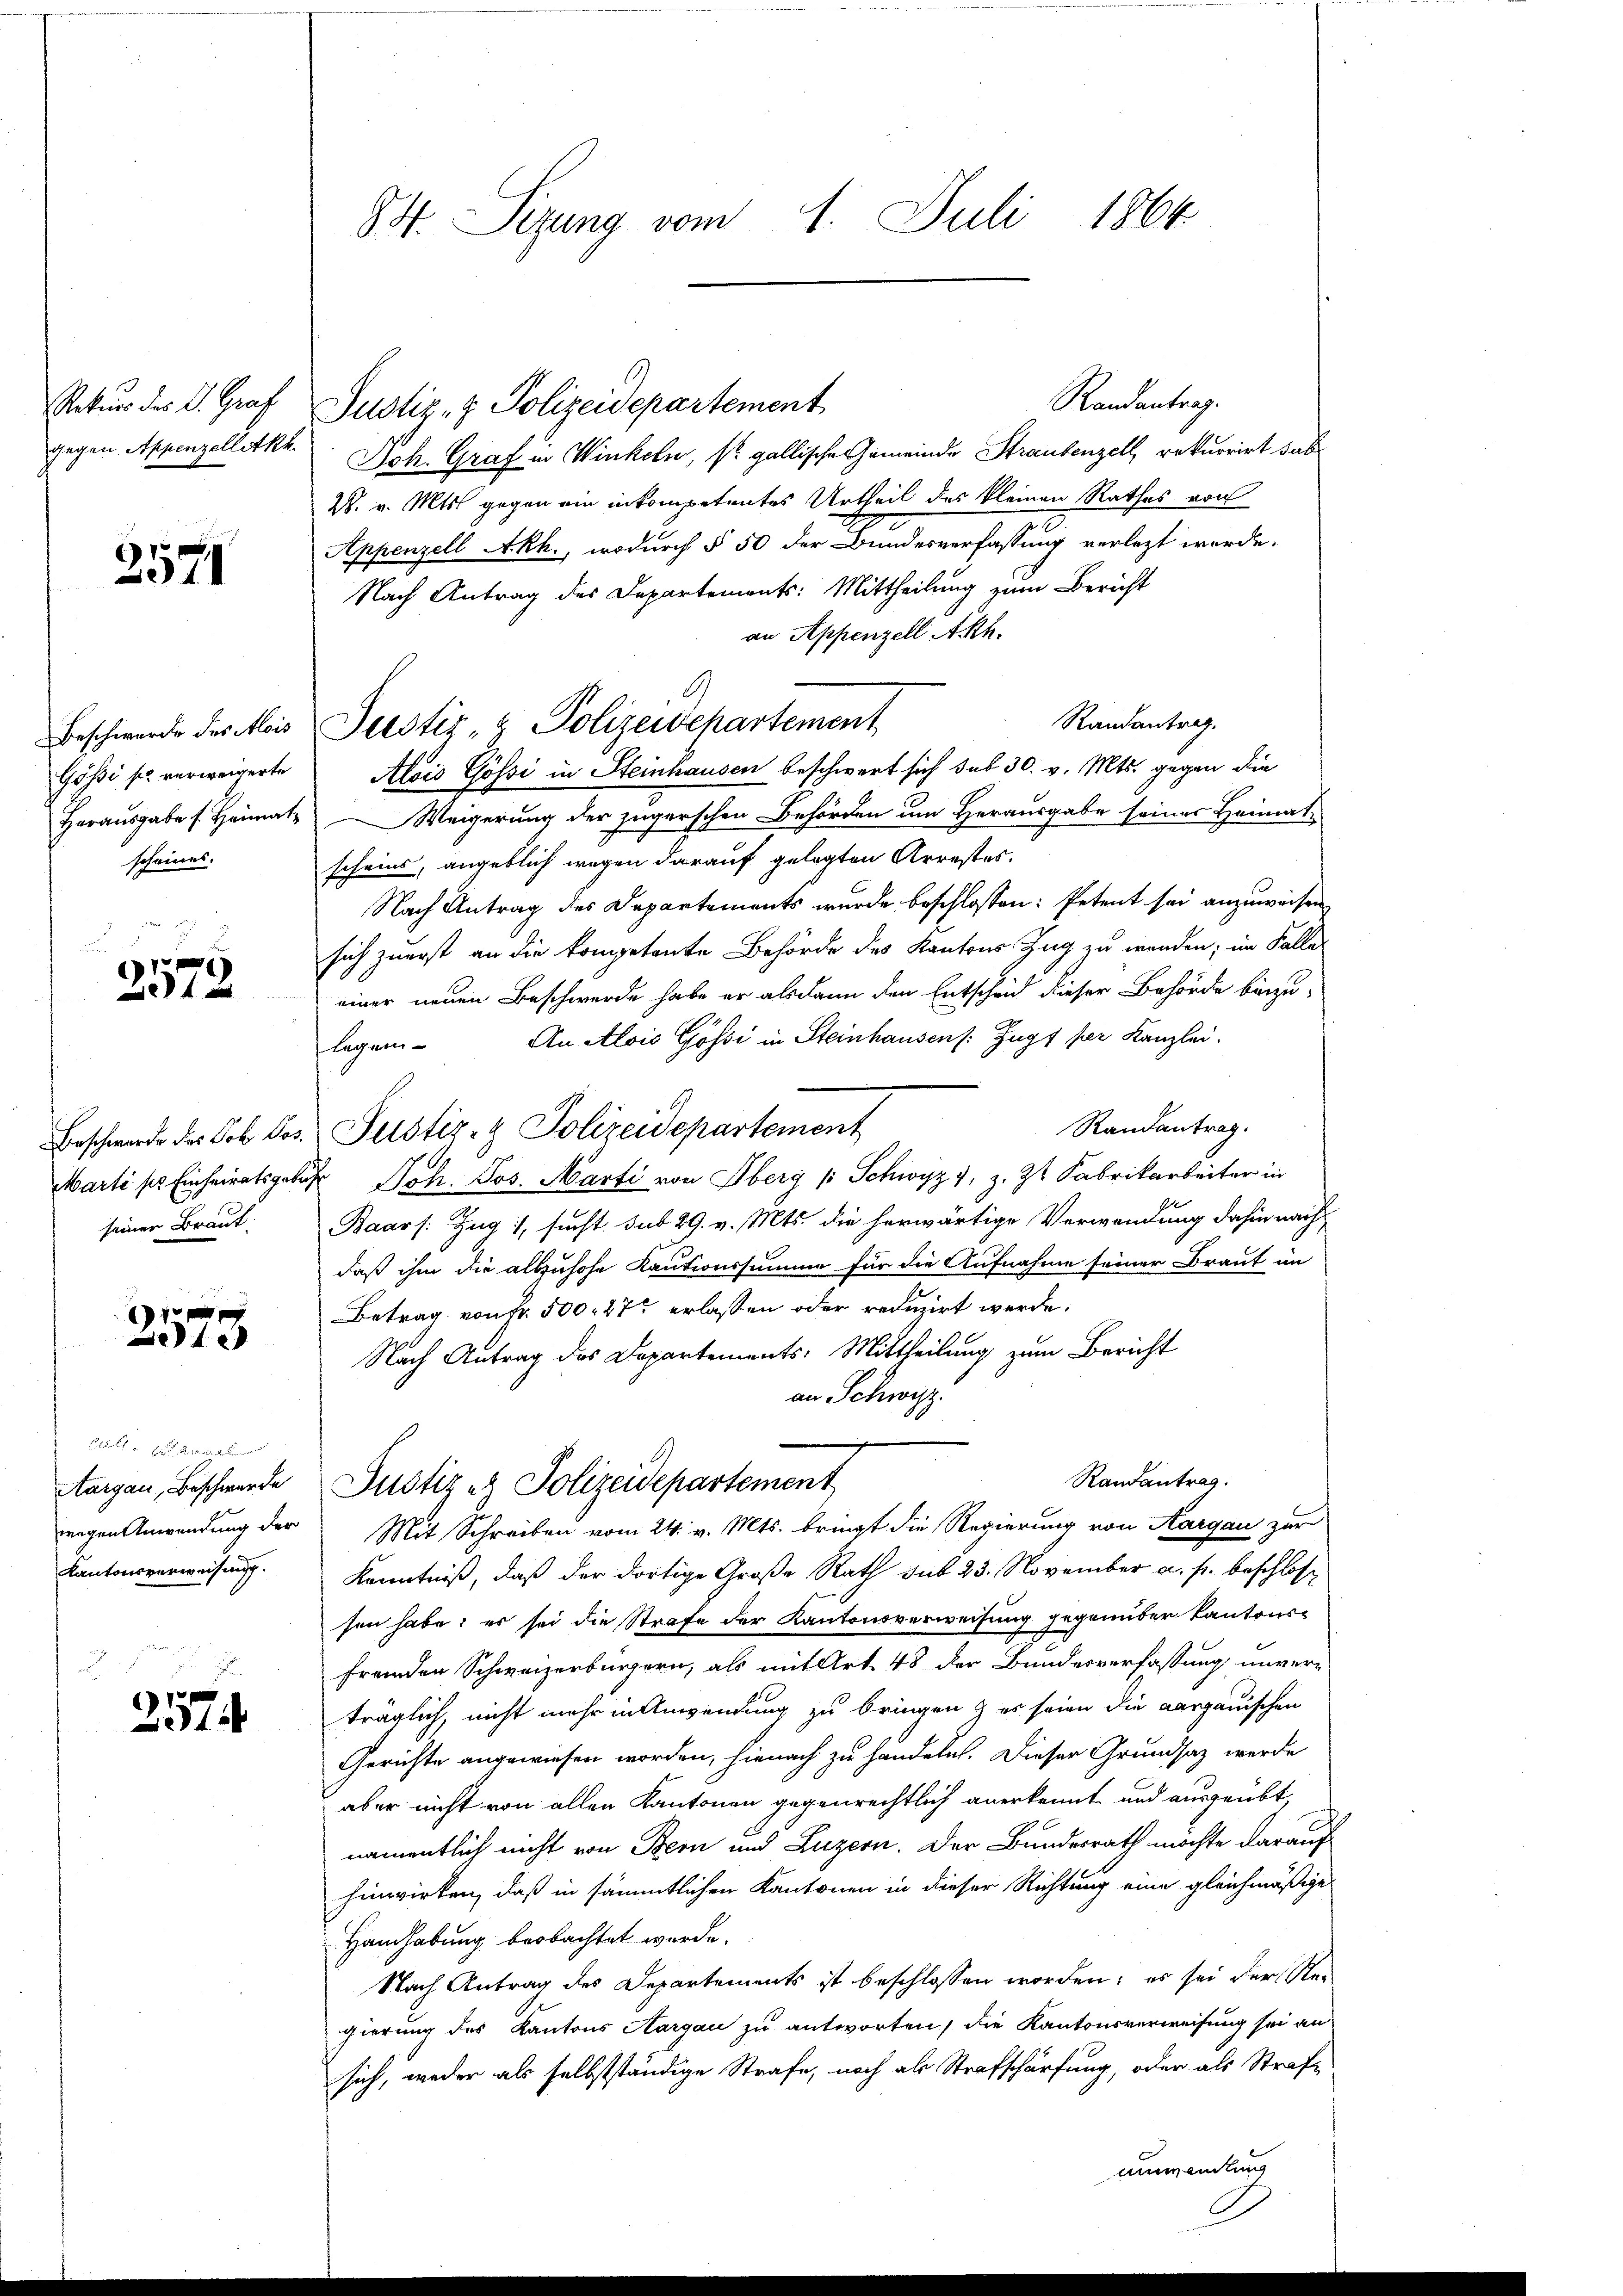
Satur der Dr. Graf
gegen Appenzelletkk.

2571

Beschwerde des Alois
Gösi so verweigerte
scheines.

e
24 x

seiner Braut.

2573

tl
Aargau, Beschwerde
Kantonsverweisung.
2.

2574

8. Sizung vom 4. Juli 1866.

Joh. Graf in Winkeln, s. gallische Gemeinde Straubenzell rekurrirt das
W. v. Mts. gegen ein inkompetentes Urtheil des kleinen Rathes von
Appenzell Akh., wodurch § 50 der Bundesverfassung verletzt werde.
Nach Antrag des Departements: Mittheilung zum Bericht
an Appenzell Akh.
Randantrag.
Alois Gössi in Steinhausen beschwert sich sub 30. v. Mts. gegen die
Herausgabe s. Heimat. — Weigerung der zugerschen Behörden um Herausgabe seiner Heimatscheins, angeblich wegen darauf gelegten Arrestes.
Nach Antrag des Departements wurde beschlossen: Petent sei anzuweisen
sich zuerst an die kompetente Behörde des Kantons Zug zu werden; im Falle
einer neuen Beschwerde habe er alsdann den Entscheid dieser Behörde beizu¬
An Alois Gössi in Steinhausen /: Zugs per Kanzlei.
legen
Randantrag.
Beschwerde des Cob Jos. Justiz- & Polizeidepartement
Marti so Einheiratsgebühr Joh. Jos. Marti von Oberg / Schwyz, z. Zt. Fabrikarbeiter in
Baars: Zug 1, sucht sub 29. v. Mts. die herwärtige Verwendung dahin nach
daß ihm die allzuhohe Kautionssumme für die Aufnahme seiner Braut im
Betrag von Fr. 500. 27 erlassen oder reduzirt werde.
Nach Antrag des Departements-Mittheilung zum Bericht
an Schwyzz.
Randantrag:
Justiz es Polizeidepartement
wegen Anwendung der Mit Schreiben vom 24. v. Mts. bringt die Regierung von Aargau zur
Kenntniß, daß der dortige Große Rath sub 23. November a. p. beschlossen habe; er sei die Strafe der Kantonsverweisung gegenüber Kantons-
fremden Schweizerbürgern, als mit Art. 48 der Bundesverfassung unverträglich, nicht mehr in Anwendung zu bringen & es seien die aargauischen
Gerichte angewiesen worden, hienach zu handeln. Dieser Grundsaz werde
aber nicht von allen Kantonen gegenrechtlich anerkennt und ausgeübt,
namentlich nicht von Bern und Luzern. Der Bundesrath möchte darauf
hinwirken, daß in sämmtlichen Kantonen in dieser Richtung eine gleichmäßige
Handhabung beobachtet werde.
Nach Antrag des Departements ist beschlossen worden; es sei der Rei
gierung des Kantons Aargau zu antworten, die Kantonsverweisung sei an
sich, weder als selbstständige Strafe, noch als Strafschärfung, oder als Strafe
umwandlung

Randantrag.
Justiz- & Polizeidepartement

A
Justiz- & Polizeivepartement